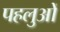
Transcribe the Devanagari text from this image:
पहलुओें